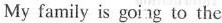
My family is going to the